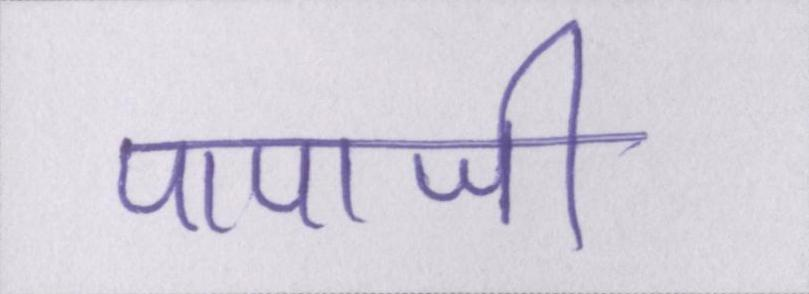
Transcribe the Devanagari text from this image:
पापाजी